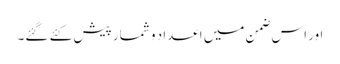
اور اس ضمن میں اعداد و شمار پیش کئے گئے۔